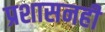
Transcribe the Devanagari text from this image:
प्रशासनही